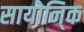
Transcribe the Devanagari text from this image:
सायोनि्क